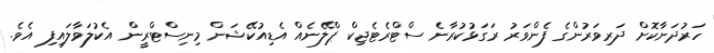
ހަރުދަނާކޮށް ދަރިވަރުންގެ ފެންވަރު ރަގަޅުކުރާނެ ސްޓްރެޓެޖިކް ޕްލޭނެއް އެޑިއުކޭޝަން މިނިސްޓްރީން އެކުލަވާލައިފި އެވެ.